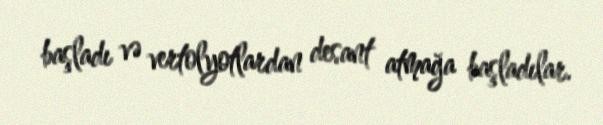
başladı və vertolyotlardan desant atmağa başladılar.